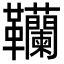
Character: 韊